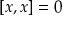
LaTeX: [ x , x ] = 0 \quad